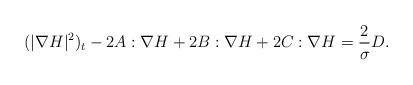
LaTeX: \begin{align*}&(|\nabla H|^2)_t-2A:\nabla H+2 B: \nabla H+2C : \nabla H=\frac{2}{\sigma}D.\end{align*}